Problem: 9 × 2 = ?
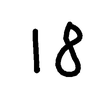
Handwritten answer: 18